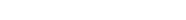
٤٥